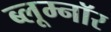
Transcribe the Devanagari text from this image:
ब्लूम्नॉर